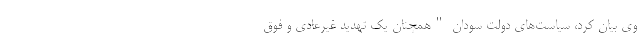
وی بیان کرد، سیاست‌های دولت سودان "همچنان یک تهدید غیرعادی و فوق‌